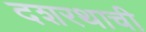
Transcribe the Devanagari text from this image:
दशरथाची